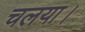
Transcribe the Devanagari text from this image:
चलया।